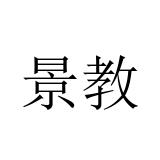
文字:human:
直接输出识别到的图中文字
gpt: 景教